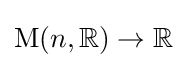
\mathrm {M} (n,\mathbb {R} )\to \mathbb {R}